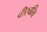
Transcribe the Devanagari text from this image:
वीरचरित